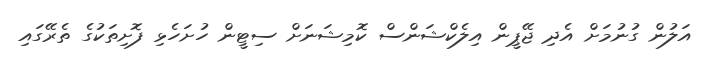
އަލުން ގުނުމަށް އެދި ޖޭޕީން އިލެކްޝަންސް ކޮމިޝަނަށް ސިޓީން ހުށަހެޅި ފޮށިތަކުގެ ތެރޭގައި